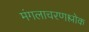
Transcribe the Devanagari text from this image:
मंगलाचरणश्लोक